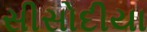
સીસોદીયા